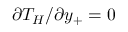
\partial T _ { H } / \partial y _ { + } = 0